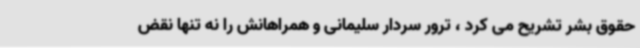
حقوق بشر تشریح می کرد ، ترور سردار سلیمانی و همراهانش را نه تنها نقض